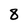
Character: 8